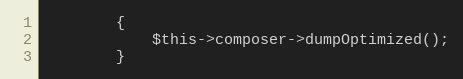
Language: PHP
		{
			$this->composer->dumpOptimized();
		}